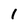
Character: 1